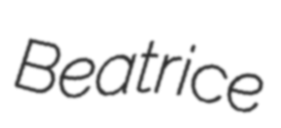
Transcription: Beatrice